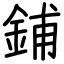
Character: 鋪